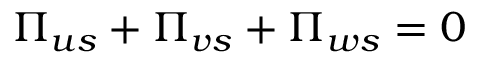
\Pi _ { u s } + \Pi _ { v s } + \Pi _ { w s } = 0